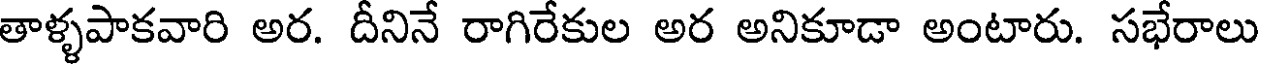
తాళ్ళపాకవారి అర. దీనినే రాగిరేకుల అర అనికూడా అంటారు. సభేరాలు